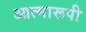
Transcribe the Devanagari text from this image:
आत्मारूपी